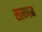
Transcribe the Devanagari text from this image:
सत्यधन